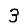
Digit: 3